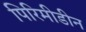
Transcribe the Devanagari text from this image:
पिरिमीडीन